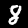
Digit: 8